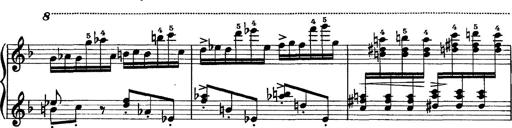
Title: Scherzo und Marsch
Composer: Franz Liszt